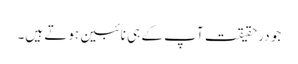
جو درحقیقت آپ کے ہی نائبین ہوتے ہیں۔